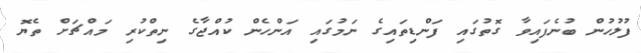
ފުލުހުން ބުނެފައިވާ ގޮތުގައި ފަންޑިތައިގެ ނަމުގައި އަންހެން ކުއްޖާގެ ނިތްކުރި މައްޗަށް ތެޔޮ